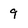
Character: 9